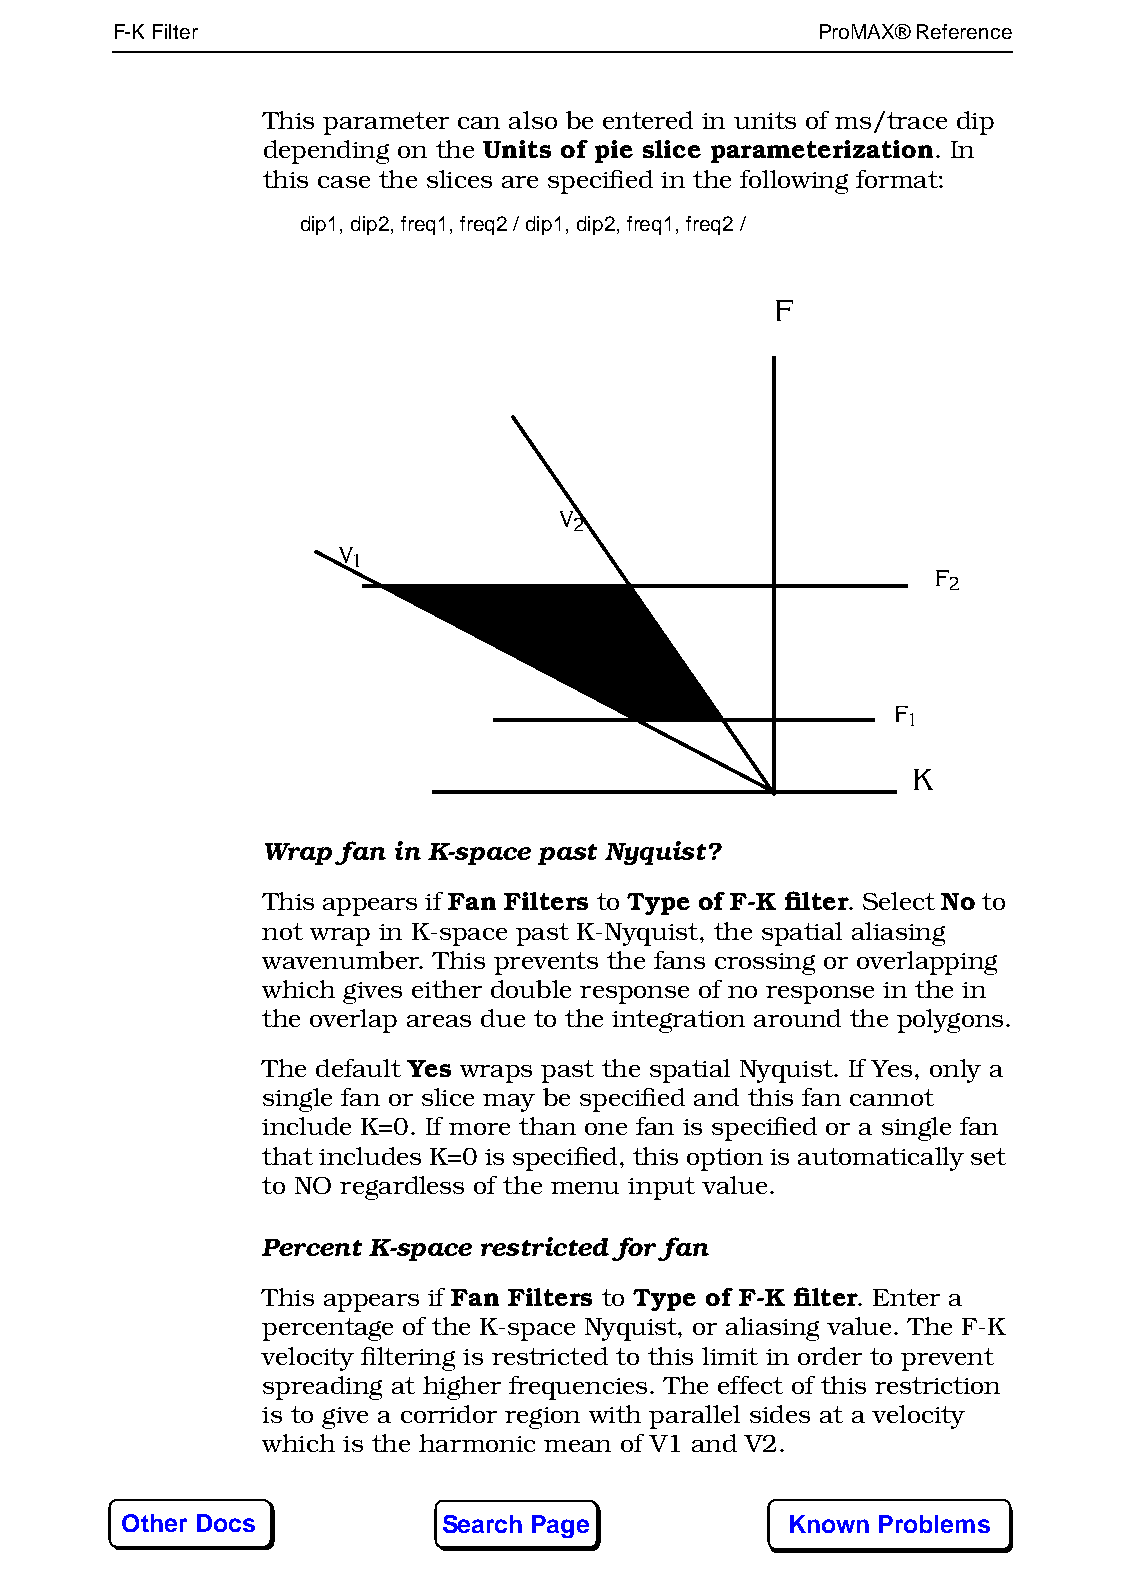
F-K Filter164                                  ProMAX® Reference
 This parameter can also be entered in units of ms/trace dip
 depending on the Units of pie slice parameterization. In
 this case the slices are specified in the following format:
 dip1, dip2, freq1, freq2 / dip1, dip2, freq1, freq2 /
 Wrap fan in K-space past Nyquist?
 This appears if Fan Filters to Type of F-K filter. Select No to
 not wrap in K-space past K-Nyquist, the spatial aliasing
 wavenumber. This prevents the fans crossing or overlapping
 which gives either double response of no response in the in
 the overlap areas due to the integration around the polygons.
 The default Yes wraps past the spatial Nyquist. If Yes, only a
 single fan or slice may be specified and this fan cannot
 include K=0. If more than one fan is specified or a single fan
 that includes K=0 is specified, this option is automatically set
 to NO regardless of the menu input value.
 Percent K-space restricted for fan
 This appears if Fan Filters to Type of F-K filter. Enter a
 percentage of the K-space Nyquist, or aliasing value. The F-K
 velocity filtering is restricted to this limit in order to prevent
 spreading at higher frequencies. The effect of this restriction
 is to give a corridor region with parallel sides at a velocity
 which is the harmonic mean of V1 and V2.
 Other Docs           Search Page            Known Problems